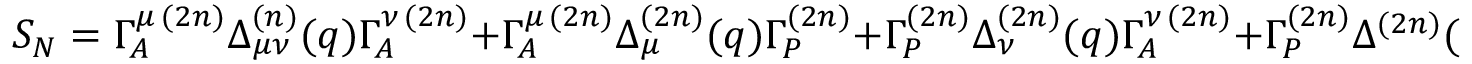
{ \cal S _ { N } } = \Gamma _ { A } ^ { \mu \, ( 2 n ) } \Delta _ { \mu \nu } ^ { ( n ) } ( q ) \Gamma _ { A } ^ { \nu \, ( 2 n ) } + \Gamma _ { A } ^ { \mu \, ( 2 n ) } \Delta _ { \mu } ^ { ( 2 n ) } ( q ) \Gamma _ { P } ^ { ( 2 n ) } + \Gamma _ { P } ^ { ( 2 n ) } \Delta _ { \nu } ^ { ( 2 n ) } ( q ) \Gamma _ { A } ^ { \nu \, ( 2 n ) } + \Gamma _ { P } ^ { ( 2 n ) } \Delta ^ { ( 2 n ) } ( q ) \Gamma _ { P } ^ { ( 2 n ) } ~ ,